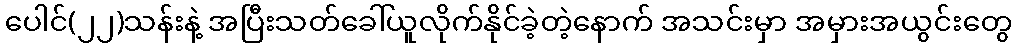
ပေါင်(၂၂)သန်းနဲ့ အပြီးသတ်ခေါ်ယူလိုက်နိုင်ခဲ့တဲ့နောက် အသင်းမှာ အမှားအယွင်းတွေ